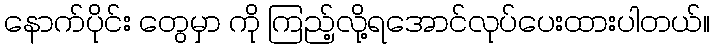
နောက်ပိုင်း တွေမှာ ကို ကြည့်လို့ရအောင်လုပ်ပေးထားပါတယ်။